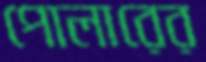
পোলারের